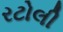
રટોલી